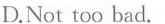
D,Not too bad.